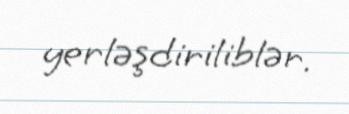
yerləşdiriliblər.